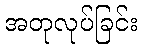
အတုလုပ်ခြင်း